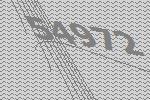
54972